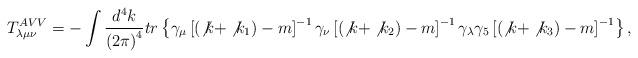
LaTeX: \begin{align*}T_{\lambda \mu \nu }^{AVV}=-\int \frac{d^4k}{\left( 2\pi \right) ^4}tr\left\{\gamma _\mu \left[ (\not{k}+\not{k}_1)- m\right] ^{-1}\gamma _\nu \left[ (\not{k}+\not{k}_2)- m\right] ^{-1}\gamma _\lambda \gamma _5\left[ (\not{k}+\not{k}_3)- m\right] ^{-1}\right\},\end{align*}